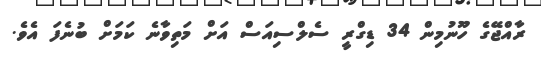
ރާއްޖޭގެ ހޫނުމިން 34 ޑިގްރީ ސެލްސިއަސް އަށް މަތިވާނެ ކަމަށް ބުނެފަ އެވެ.